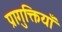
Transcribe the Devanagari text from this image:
प्रागुक्तियाँ